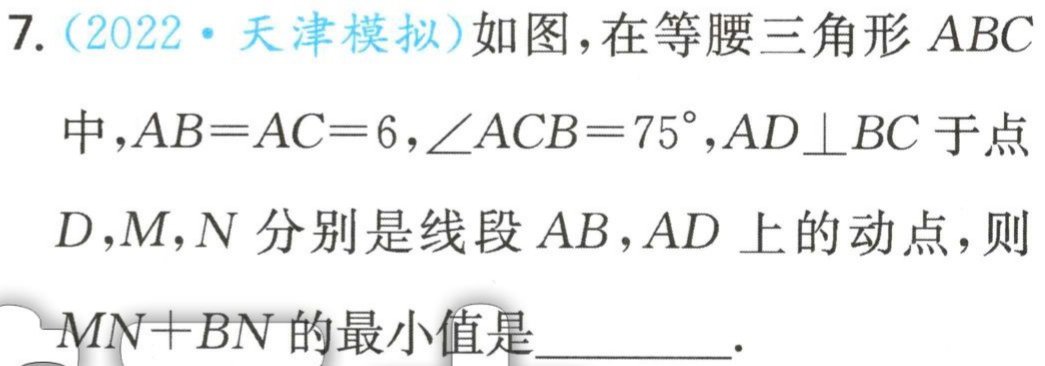
7.（2022·天津模拟）如图，在等腰三角形 \(ABC\) 中，\(AB = AC = 6\)，\(\angle ACB = 75^{\circ}\)，\(AD\perp BC\) 于点 \(D\)，\(M\)，\(N\) 分别是线段 \(AB\)，\(AD\) 上的动点，则 \(MN + BN\) 的最小值是  ．